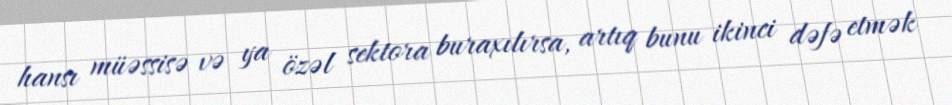
hansı müəssisə və ya özəl sektora buraxılırsa, artıq bunu ikinci dəfə etmək